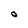
Character: 0